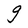
Character: g